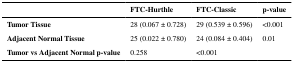
|  | FTC-Hurthle | FTC-Classic | p-value |
 | --- | --- | --- | --- |
 | Tumor Tissue | 28 (0.067 ± 0.728) | 29 (0.539 ± 0.596) | <0.001 |
 | Adjacent Normal Tissue | 25 (0.022 ± 0.780) | 24 (0.084 ± 0.404) | 0.01 |
 | Tumor vs Adjacent Normal p-value | 0.258 | <0.001 |  |